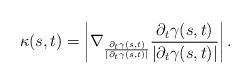
LaTeX: \begin{align*}\kappa(s,t)=\left|\nabla_{\frac{\partial_t\gamma(s,t)}{|\partial_t\gamma(s,t)|}}\frac{\partial_t\gamma(s,t)}{|\partial_t\gamma(s,t)|}\right|.\end{align*}